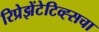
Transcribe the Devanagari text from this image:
रिप्रेझेंटेटिव्ह्सचा